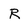
Character: R